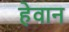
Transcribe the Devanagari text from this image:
हेवान